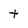
Character: t